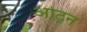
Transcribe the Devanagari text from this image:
ओट्रन